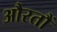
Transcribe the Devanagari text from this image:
औरतौं